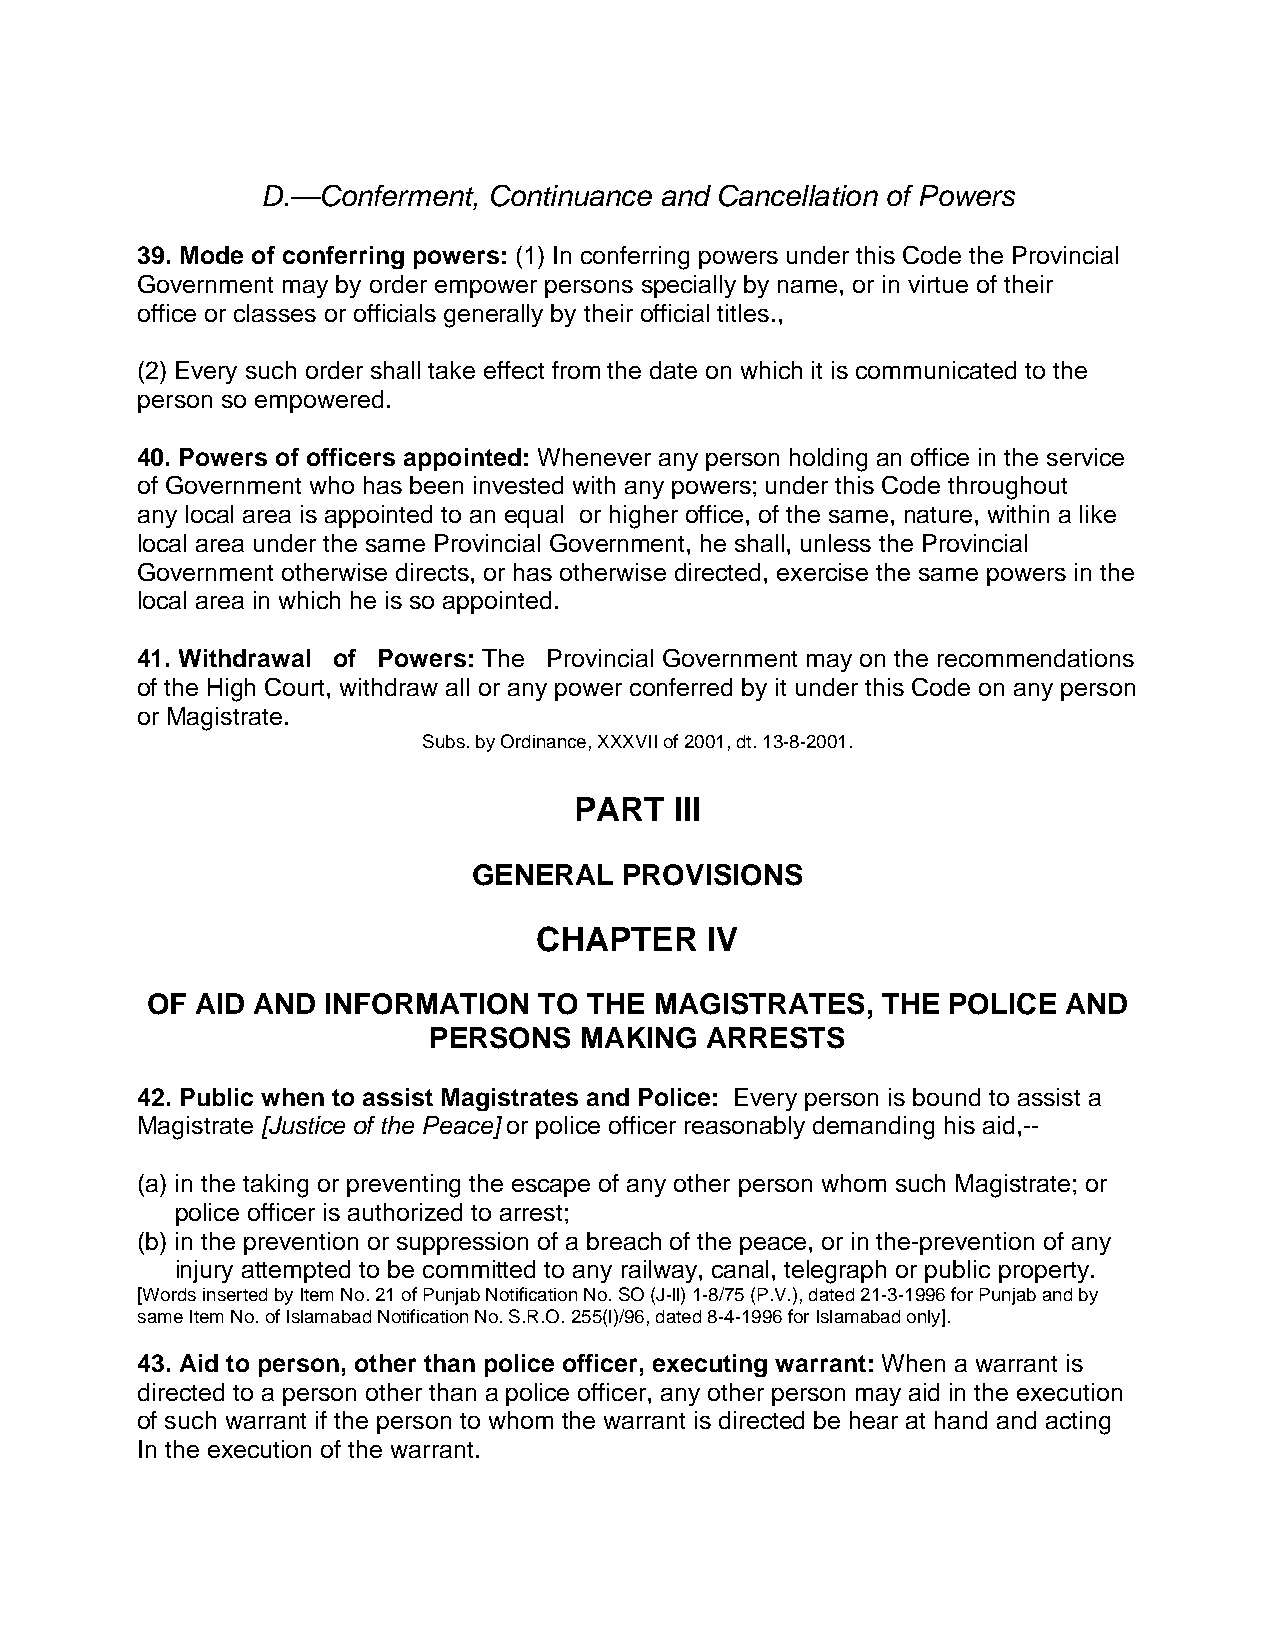
D.—Conferment, Continuance and Cancellation of Powers
 39. Mode of conferring powers: (1) In conferring powers under this Code the Provincial
 Government may by order empower persons specially by name, or in virtue of their
 office or classes or officials generally by their official titles.,
 (2) Every such order shall take effect from the date on which it is communicated to the
 person so empowered.
 40. Powers of officers appointed: Whenever any person holding an office in the service
 of Government who has been invested with any powers; under this Code throughout
 any local area is appointed to an equal or higher office, of the same, nature, within a like
 local area under the same Provincial Government, he shall, unless the Provincial
 Government otherwise directs, or has otherwise directed, exercise the same powers in the
 local area in which he is so appointed.
 41. Withdrawal of Powers: The Provincial Government may on the recommendations
 of the High Court, withdraw all or any power conferred by it under this Code on any person
 or Magistrate.
 Subs. by Ordinance, XXXVII of 2001, dt. 13-8-2001.
 PART   III
 GENERAL   PROVISIONS
 CHAPTER    IV
 OF AID AND  INFORMATION   TO THE MAGISTRATES,   THE  POLICE  AND
 PERSONS   MAKING   ARRESTS
 42. Public when to assist Magistrates and Police: Every person is bound to assist a
 Magistrate [Justice of the Peace] or police officer reasonably demanding his aid,--
 (a) in the taking or preventing the escape of any other person whom such Magistrate; or
 police officer is authorized to arrest;
 (b) in the prevention or suppression of a breach of the peace, or in the-prevention of any
 injury attempted to be committed to any railway, canal, telegraph or public property.
 [Words inserted by Item No. 21 of Punjab Notification No. SO (J-ll) 1-8/75 (P.V.), dated 21-3-1996 for Punjab and by
 same Item No. of Islamabad Notification No. S.R.O. 255(l)/96, dated 8-4-1996 for Islamabad only].
 43. Aid to person, other than police officer, executing warrant: When a warrant is
 directed to a person other than a police officer, any other person may aid in the execution
 of such warrant if the person to whom the warrant is directed be hear at hand and acting
 In the execution of the warrant.